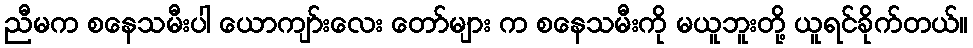
ညီမက စနေသမီးပါ ယောကျာ်းလေး တော်များ က စနေသမီးကို မယူဘူးတို့ ယူရင်ခိုက်တယ်။